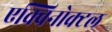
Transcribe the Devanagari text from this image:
एक्विनोक्टल